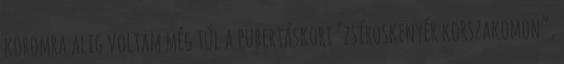
koromra alig voltam még túl a pubertás­kori "zsíroskenyér korszakomon”,